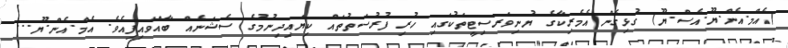
(އެމް.އެން.ޔޫ.އެސް.ޔޫ) ގުޅިގެން އެމެރިކާގެ ޔުނިވަރސިޓީތަކުގައި ހުރި ފުރުސަތުތައް ކިޔައިދިނުމުގެ ސެޝަނެއް ބާއްވައިފިއެވެ. އެމް.އެން.ޔޫ...